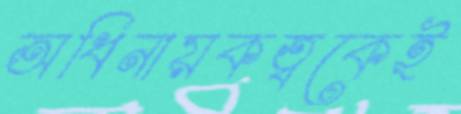
অধিনায়কত্বকেই